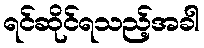
ရင်ဆိုင်ရသည့်အခါ